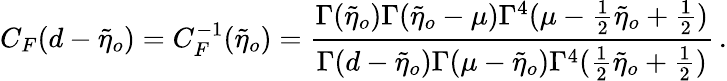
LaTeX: C_{F}(d-\tilde{\eta}_{o})=C_{F}^{-1}(\tilde{\eta}_{o})=\frac{\Gamma(\tilde{\eta}_{o})\Gamma(\tilde{\eta}_{o}-\mu)\Gamma^{4}(\mu-\frac{1}{2}\tilde{\eta}_{o}+\frac{1}{2})}{\Gamma(d-\tilde{\eta}_{o})\Gamma(\mu-\tilde{\eta}_{o})\Gamma^{4}(\frac{1}{2}\tilde{\eta}_{o}+\frac{1}{2})}\, .